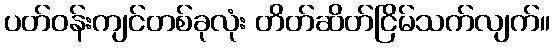
ပတ်ဝန်းကျင်တစ်ခုလုံး တိတ်ဆိတ်ငြိမ်သက်လျက်။